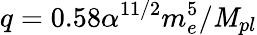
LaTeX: q=0.58\alpha^{11/2}m_{e}^{5}/\mathit{M}_{pl}